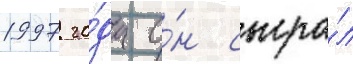
1997 го́да о́н сыгра́л